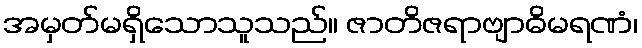
အမှတ်မရှိသောသူသည်။ ဇာတိဇရာဗျာဓိမရဏံ၊